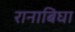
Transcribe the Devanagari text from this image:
रानाबिघा